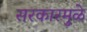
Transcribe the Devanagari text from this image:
सरकारमुळे